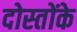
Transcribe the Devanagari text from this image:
दोस्तोंके